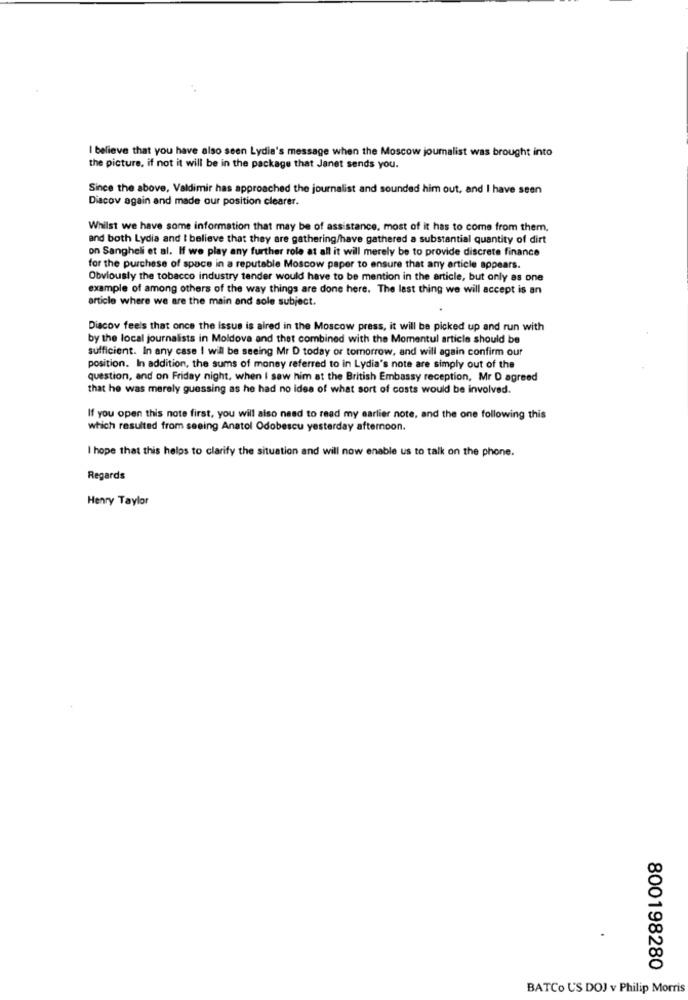
I believe that you have also seen Lydie's message when the Moscow journalist was brought into
the picture, if not it will be in the package that Janet sends you.
Since the above, Valdimir has approached the journalist and sounded him out, and I have seen
Diacov again and made our position clearer.
Whilst we have some information that may be of assistance. most of it has to come from them.
and both Lydia and I believe that they are gathering/have gathered a substantial quantity of dirt
on Sangheli et al. If we play any further role at all it will merely be to provide discrete finance
for the purchase of space in a reputable Moscow paper to ensure that any article appears.
Obviously the tobacco industry tender would have to be mention in the article, but only as one
example of among others of the way things are done here. The last thing we will accept is an
article where we are the main and sole subject.
Discov feels that once the issue is alred in the Moscow press, it will be picked up and run with
by the local journalists in Moldova and thet combined with the Momentul article should be
sufficient. In any case I will be seeing Mr D today or tomorrow, and will again confirm our
position. In addition, the sums of money referred to in Lydia's note are simply out of the
question, and on Friday night, when I saw him at the British Embassy reception, Mr D agreed
that he was merely guessing as he had no idea of what sort of costs would be involved.
If you open this note first, you will also need to read my earlier note, and the one following this
which resulted from seeing Anatol Odobescu yesterday afternoon.
I hope that this helps to clarify the situation and will now enable us to talk on the phone.
Regards
Henry Taylor
800198280
BATCo US DOJ v Philip Morris